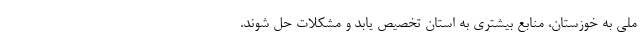
ملی به خوزستان، منابع بیشتری به استان تخصیص یابد و مشکلات حل شوند.